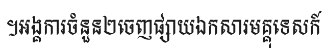
។អង្គការចំនួន២ចេញផ្សាយឯកសារមគ្គុទេសក៍